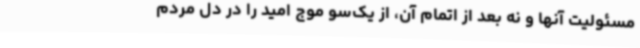
مسئولیت آنها و نه بعد از اتمام آن، از یک‌سو موج امید را در دل مردم